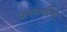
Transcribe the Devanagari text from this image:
करगणीचे